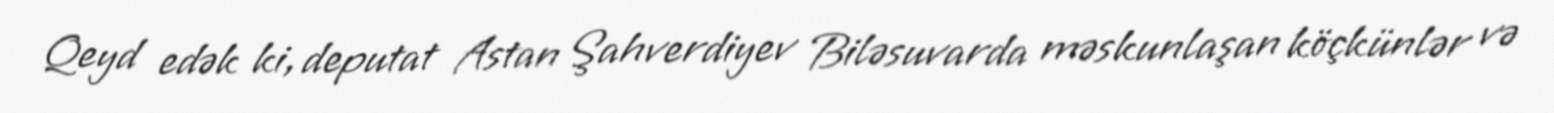
Qeyd edək ki, deputat Astan Şahverdiyev Biləsuvarda məskunlaşan köçkünlər və